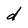
Character: d